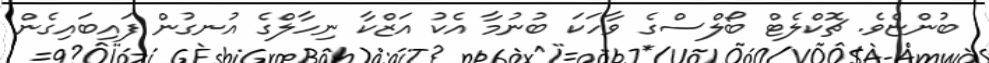
ބުންޏެވެ. ޗޮކްލެޓް ބޯލްސްގެ ވާހަކަ ބުނުމާ އެކު އަޒްކާ ނިހާލްގެ އުނގުން ފައިބައިގެން